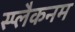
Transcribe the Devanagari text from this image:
स्प्लैकनम